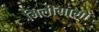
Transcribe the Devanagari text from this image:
मिलीग्रामों